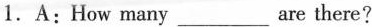
1. A: How many___ are there?